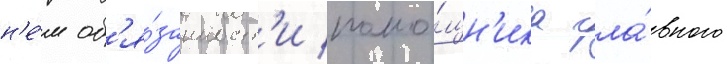
н'е́м об'я́занност'и помо́щн'ика гла́вного